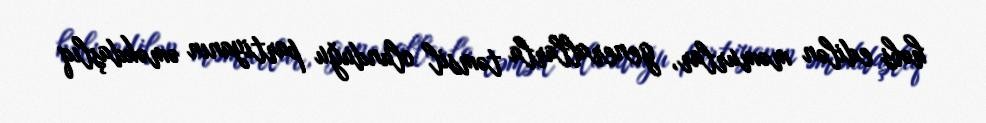
həbs edilən məmurlar, generallarla təmsil olunduğu partiyanın əməkdaşlıq